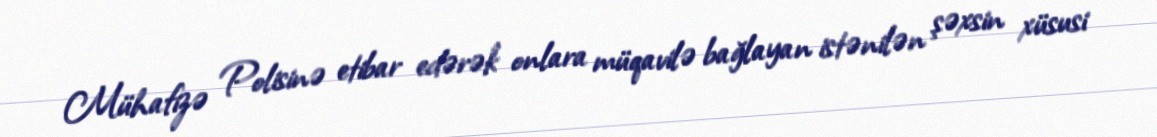
Mühafizə Polisinə etibar edərək onlara müqavilə bağlayan istənilən şəxsin xüsusi